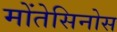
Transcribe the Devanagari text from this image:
मोंतेसिनोस